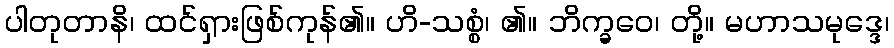
ပါတုတာနိ၊ ထင်ရှားဖြစ်ကုန်၏။ ဟိ-သစ္စံ၊ ၏။ ဘိက္ခဝေ၊ တို့။ မဟာသမုဒ္ဒေ၊